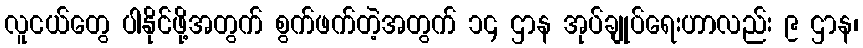
လူငယ်တွေ ပါနိုင်ဖို့အတွက် စွက်ဖက်တဲ့အတွက် ၁၄ ဌာန အုပ်ချုပ်ရေးဟာလည်း ၉ ဌာန၊